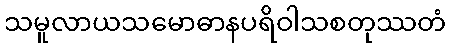
သမူလာယသမောဓာနပရိဝါသစတုဿတံ